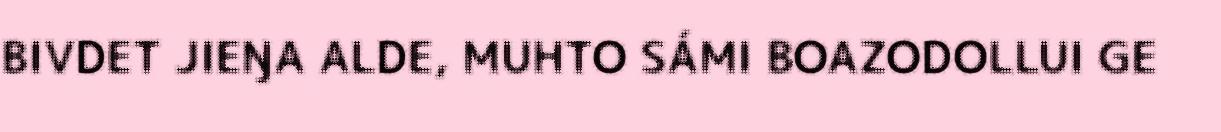
BIVDET JIEŊA ALDE, MUHTO SÁMI BOAZODOLLUI GE